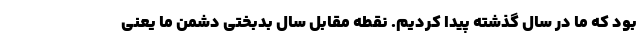
بود که ما در سال گذشته پیدا کردیم. نقطه مقابل سال بدبختی دشمن ما یعنی